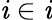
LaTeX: \mathit{i}\in{\mathfrak{{\mathit{i}}}}